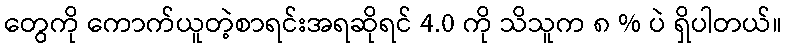
တွေကို ကောက်ယူတဲ့စာရင်းအရဆိုရင် 4.0 ကို သိသူက ၈ % ပဲ ရှိပါတယ်။